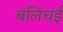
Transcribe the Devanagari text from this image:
बलिघई